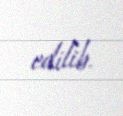
edilib.